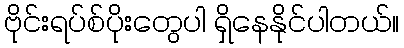
ဗိုင်းရပ်စ်ပိုးတွေပါ ရှိနေနိုင်ပါတယ်။